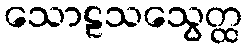
သောဠသသွေတ္ထ